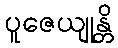
ပူဇေယျုန္တိ